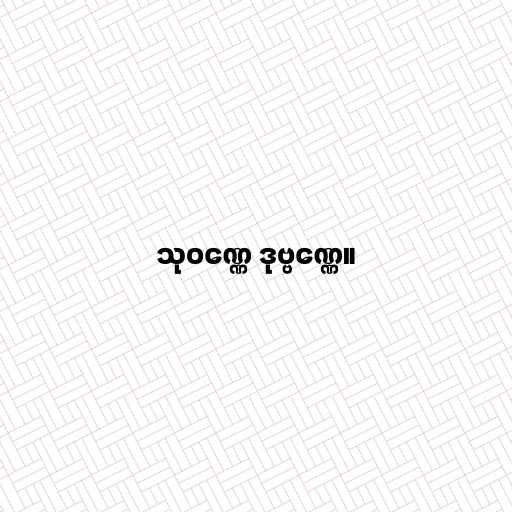
သုဝဏ္ဏေ ဒုဗ္ဗဏ္ဏေ။